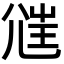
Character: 𡯲